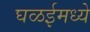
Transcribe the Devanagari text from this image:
घळईमध्ये